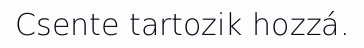
Csente tartozik hozzá.